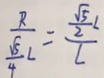
\frac { R } { \frac { \sqrt { 5 } } { 4 } L } = \frac { \frac { \sqrt { 5 } } { 2 } L } { L }